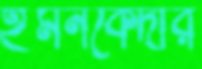
ইমনকেদার